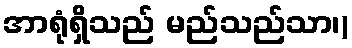
အာရုံရှိသည် မည်သည်သာ၊)